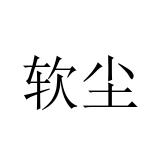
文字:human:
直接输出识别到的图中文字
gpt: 软尘